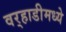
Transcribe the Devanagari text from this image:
वर्‍हाडीमध्ये